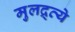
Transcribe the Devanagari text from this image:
मुलद्र्व्ये